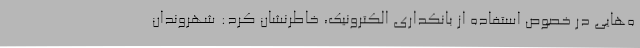
ه‌هایی در خصوص استفاده از بانکداری الکترونیک، خاطرنشان کرد: شهروندان